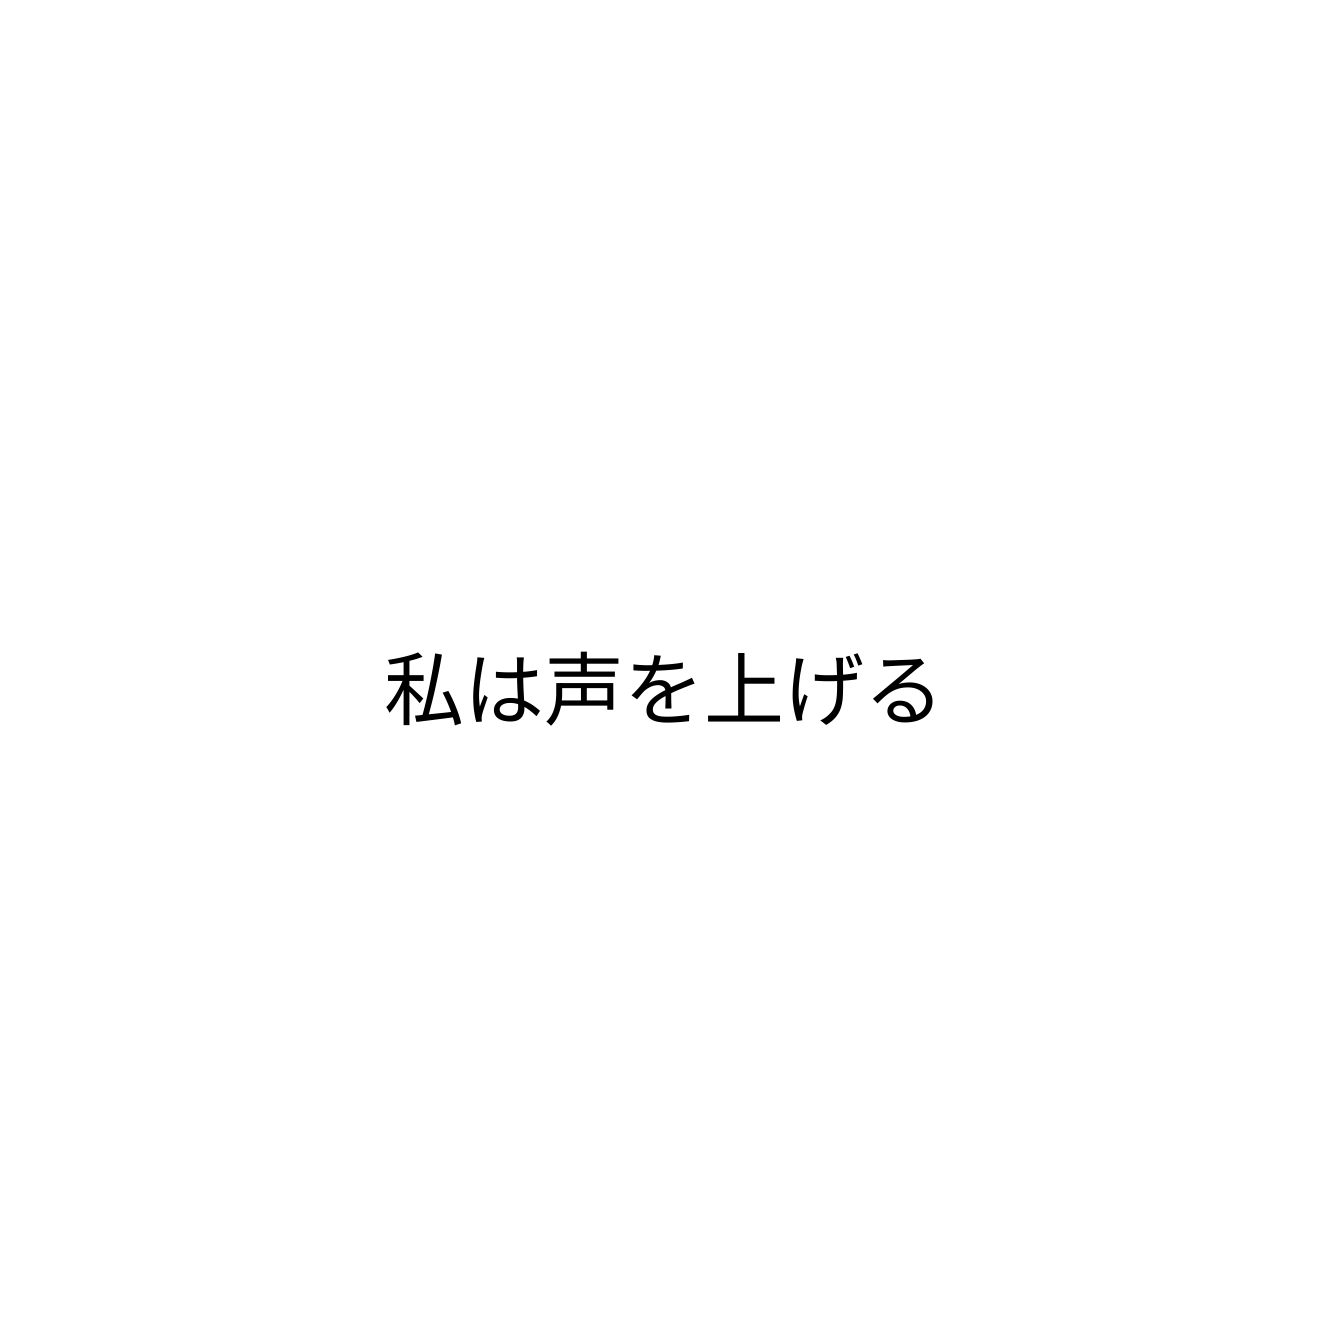
私は声を上げる